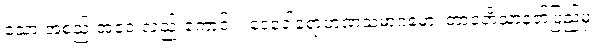
သော အစည်းအဝေးလည်းကောင်း။ ဒေဝေါရောဟဏသမာဂမော၊ တာဝတိံသာနတ်ပြည်မှ